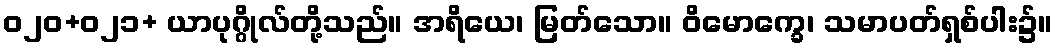
ဝ၂၀+၀၂၁+ ယာပုဂ္ဂိုလ်တို့သည်။ အရိယေ၊ မြတ်သော။ ဝိမောက္ခေ၊ သမာပတ်ရှစ်ပါး၌။